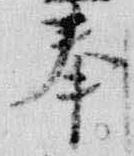
奉